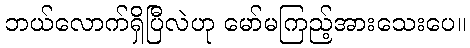
ဘယ်လောက်ရှိပြီလဲဟု မော်မကြည့်အားသေးပေ။